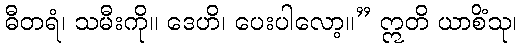
ဓီတရံ၊ သမီးကို။ ဒေဟိ၊ ပေးပါလော့။” ဣတိ ယာစိံသု၊